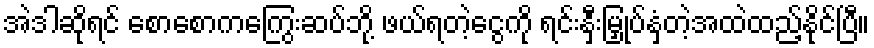
အဲဒါဆိုရင် စောစောကကြွေးဆပ်ဘို့ ဖယ်ရတဲ့ငွေကို ရင်းနှီးမြှုပ်နှံတဲ့အထဲထည့်နိုင်ပြီ။